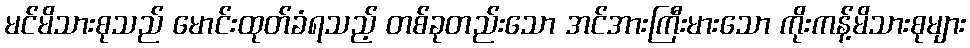
မင်မိသားစုသည် မောင်းထုတ်ခံရသည့် တစ်ခုတည်းသော အင်အားကြီးမားသော ကိုးကန့်မိသားစုများ